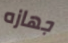
جهازه